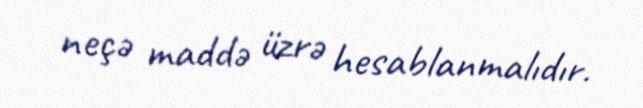
neçə maddə üzrə hesablanmalıdır.